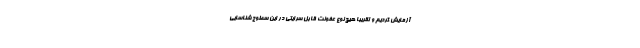
آزمایش کردیم و تقریبا هیچ نوع عفونت قابل سرایتی در این سطوح شناسایی